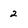
Character: 2